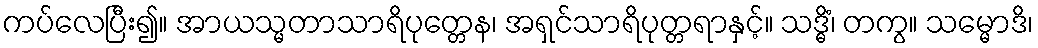
ကပ်လေပြီး၍။ အာယသ္မတာသာရိပုတ္တေန၊ အရှင်သာရိပုတ္တရာနှင့်။ သဒ္ဓိံ၊ တကွ။ သမ္မောဒိ၊